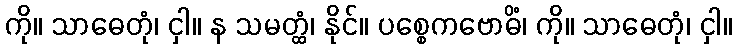
ကို။ သာဓေတုံ၊ ငှါ။ န သမတ္ထံ၊ နိုင်။ ပစ္စေကဗောဓိံ၊ ကို။ သာဓေတုံ၊ ငှါ။